Vaccine operations Central Provinces 1886-1899 - 1886-1899
Year: 1886
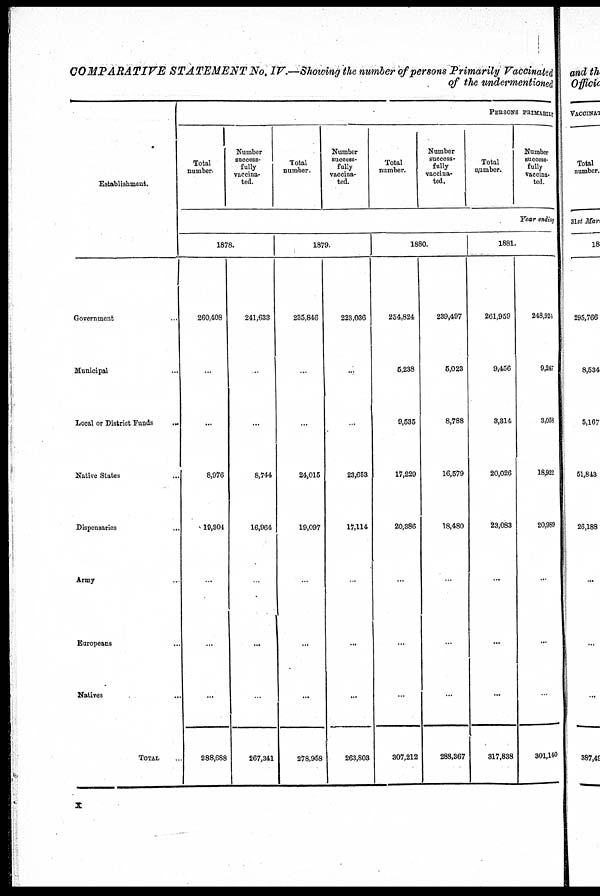
COMPARATIVE STATEMENT No. IV.—Showing the number of persons Primarily Vaccinated
of the undermentioned
Establishment.
Government...
Municipal...
Local or District Funds...
Native States...
Dispensaries...
Army...
Europeans...
Natives...
TOTAL...
PERSONS PRIMARILY
Total
number.
Number
success-
fully
vaccina-
ted.
Total
number.
Number
success-
fully
vaccina-
ted.
Total
number.
Number
success-
fully
vaccina-
ted.
Total
number.
Number
success-
fully
vaccina-
ted.
Year ending
1878.
260,408
...
...
8,976
10,304
...
...
...
288,688
241,633
...
...
8,744
16,964
...
...
...
267,341
1879.
235,846
...
...
24,015
19,097
...
...
...
278,958
223,036
...
...
23,653
17,114
...
...
...
263,803
1880.
254,824
5,238
9,535
17,229
20,386
...
...
...
307,212
239,497
5,023
8,788
16,579
18,480
...
...
...
288,367
1881.
261,959
9,456
3,314
20,026
23,083
...
...
...
317,838
248,924
9,247
3,058
18,922
20,989
...
...
...
301,140
x